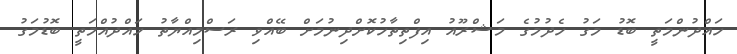
ހައްދުންމަތީ ބޮޑު މަގު ހެދުމުގެ މަޝްރޫއު އިފްތިތާހުކޮށްދިނުމަށް ބޭއްވި ރަސްމިއްޔާތު ހައްދުއްމަތީ ބޮޑުމަގު